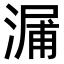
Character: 𣺘